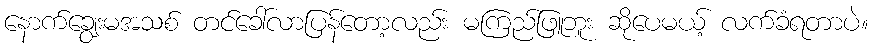
နောက်ချွေးမအသစ် တင်ခေါ်လာပြန်တော့လည်း မကြည်ဖြူဘူး ဆိုပေမယ့် လက်ခံရတာပဲ။